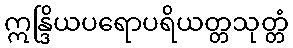
ဣန္ဒြိယပရောပရိယတ္တသုတ္တံ